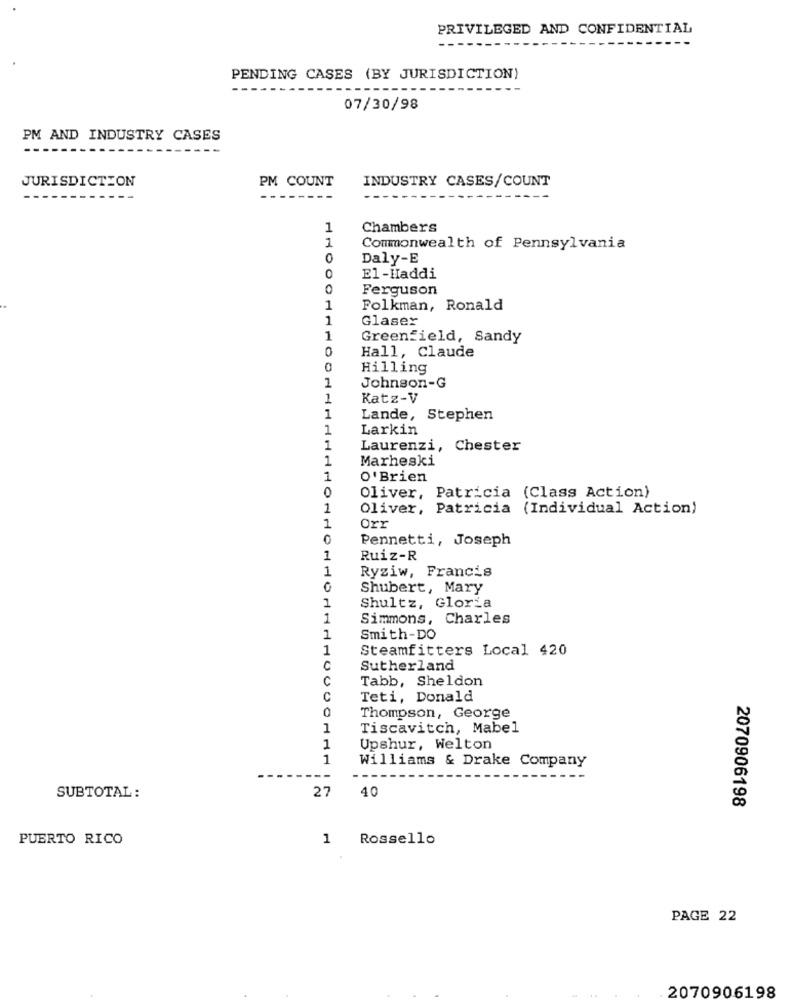
PRIVILEGED AND CONFIDENTIAL
---
PENDING CASES (BY JURISDICTION)
07/30/98
PM AND INDUSTRY CASES
JURISDICTION
PM COUNT
INDUSTRY CASES/COUNT
---
1
Chambers
1
Commonwealth of Pennsylvania
0
Daly-E
0
El-Haddi
0
Ferguson
1
Folkman, Ronald
1
Glaser
1
Greenfield, Sandy
Hall, Claude
0
Hilling
1
Johnson-G
1
Katz-V
1
Lande, Stephen
1
Larkin
1
Laurenzi, Chester
1
Marheski
1
O'Brien
0
Oliver, Patricia (Class Action)
1
Oliver, Patricia (Individual Action)
1
Orr
0
Pennetti, Joseph
1
Ruiz-R
1
Ryziw, Francis
0
Shubert, Mary
1
Shultz, Gloria
1
Simmons, Charles
1
Smith-DO
1
Steamfitters Local 420
0
Sutherland
C
Tabb, Sheldon
C
Teti, Donald
0
Thompson, George
1
Tiscavitch, Mabel
1
Upshur, Welton
1
Williams & Drake Company
--
27
SUBTOTAL:
40
2070906198
PUERTO RICO
1
Rossello
PAGE 22
2070906198